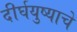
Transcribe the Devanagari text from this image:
दीर्घयुष्याचे